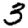
Digit: 3